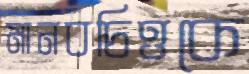
মানবচিত্তকে